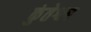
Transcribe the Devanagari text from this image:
कुंतेश्वर